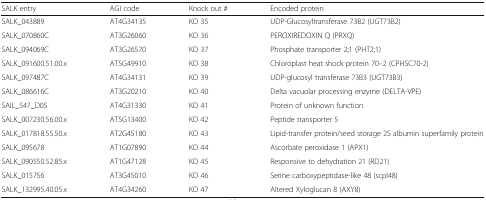
<table><thead><tr><td><b>SALK entry</b></td><td><b>AGI code</b></td><td><b>Knock out #</b></td><td><b>Encoded protein</b></td></tr></thead><tbody><tr><td>SALK_043889</td><td>AT4G34135</td><td>KO 35</td><td>UDP-Glucosyltransferase 73B2 (UGT73B2)</td></tr><tr><td>SALK_070860C</td><td>AT3G26060</td><td>KO 36</td><td>PEROXIREDOXIN Q (PRXQ)</td></tr><tr><td>SALK_094069C</td><td>AT3G26570</td><td>KO 37</td><td>Phosphate transporter 2;1 (PHT2;1)</td></tr><tr><td>SALK_091600.51.00.x</td><td>AT5G49910</td><td>KO 38</td><td>Chloroplast heat shock protein 70–2 (CPHSC70-2)</td></tr><tr><td>SALK_097487C</td><td>AT4G34131</td><td>KO 39</td><td>UDP-glucosyl transferase 73B3 (UGT73B3)</td></tr><tr><td>SALK_086616C</td><td>AT3G20210</td><td>KO 40</td><td>Delta vacuolar processing enzyme (DELTA-VPE)</td></tr><tr><td>SAIL_547_D05</td><td>AT4G31330</td><td>KO 41</td><td>Protein of unknown function</td></tr><tr><td>SALK_007230.56.00.x</td><td>AT5G13400</td><td>KO 42</td><td>Peptide transporter 5</td></tr><tr><td>SALK_017818.55.50.x</td><td>AT2G45180</td><td>KO 43</td><td>Lipid-transfer protein/seed storage 2S albumin superfamily protein</td></tr><tr><td>SALK_095678</td><td>AT1G07890</td><td>KO 44</td><td>Ascorbate peroxidase 1 (APX1)</td></tr><tr><td>SALK_090550.52.85.x</td><td>AT1G47128</td><td>KO 45</td><td>Responsive to dehydration 21 (RD21)</td></tr><tr><td>SALK_015756</td><td>AT3G45010</td><td>KO 46</td><td>Serine carboxypeptidase-like 48 (scpl48)</td></tr><tr><td>SALK_132995.40.05.x</td><td>AT4G34260</td><td>KO 47</td><td>Altered Xyloglucan 8 (AXY8)</td></tr></tbody></table>